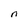
Character: n